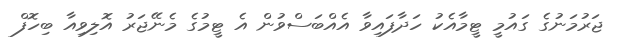
ޖަރުމަނުގެ ގައުމީ ޓީމާއެކު ހަދާފައިވާ އެއްބަސްވުން އެ ޓީމުގެ މެނޭޖަރު އޮލިވިއާ ބިހޮފް